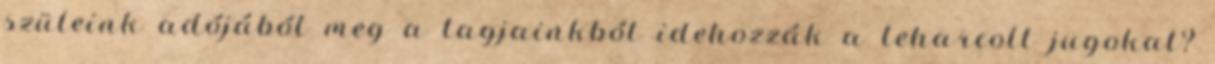
szüleink adójából meg a tagjainkból idehozzák a leharcolt jugokat?